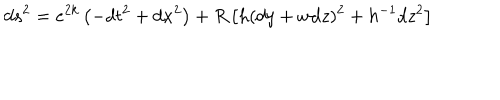
d s ^ { 2 } = e ^ { 2 k } \left( - d t ^ { 2 } + d x ^ { 2 } \right) + R \left[ h ( d y + w d z ) ^ { 2 } + h ^ { - 1 } d z ^ { 2 } \right]